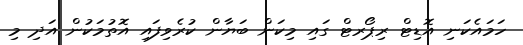
ހަމައެކަނި އޮޑިޓް ރިޕޯރޓް ގައި މިކަން ބަޔާން ކުރެވިފައި އޮތުމަކުން އަދި މި